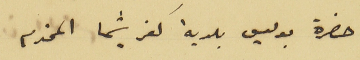
حضرة بوليس بلدية كفرشيما المحترم